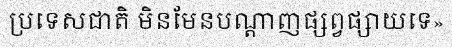
ប្រទេសជាតិ មិនមែនបណ្តាញផ្សព្វផ្សាយទេ»